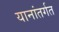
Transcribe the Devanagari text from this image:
यानांतर्गत